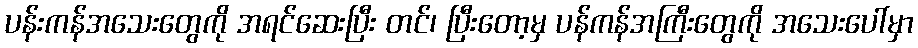
ပန်းကန်အသေးတွေကို အရင်ဆေးပြီး တင်၊ ပြီးတော့မှ ပန်ကန်အကြီးတွေကို အသေးပေါ်မှာ